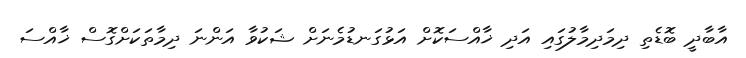
އާބާދީ ބޮޑެތި ދިމަދިމާލުގައި އަދި ޚާއްސަކޮށް އަޅުގަނޑުމެނަށް ޝަކުވާ އަންނަ ދިމާތަކަށްގޮސް ޚާއްސަ